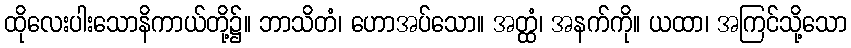
ထိုလေးပါးသောနိကာယ်တို့၌။ ဘာသိတံ၊ ဟောအပ်သော။ အတ္ထံ၊ အနက်ကို။ ယထာ၊ အကြင်သို့သော